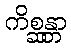
ကိစ္ဆန္တာ